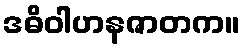
ဒဓိဝါဟနဇာတက။